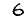
Digit: 6